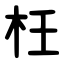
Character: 枉